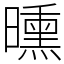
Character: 曛